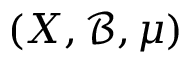
( X , { \mathcal { B } } , \mu )